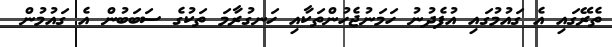
ތެރޭގައި އެ ގައުމުގައި އުފެދުނު ހަމަނުޖެހުންތަކާއި ހަނގުރާމަ ތަކުގެ ސަބަބުން އެ ގައުމުން